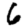
Digit: 6